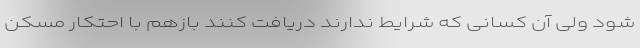
شود ولی آن کسانی که شرایط ندارند دریافت کنند بازهم با احتکار مسکن